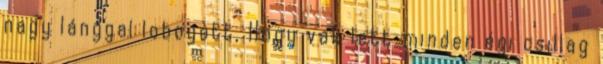
nagy lánggal lobogott, Hogy vak lett minden égi csillag